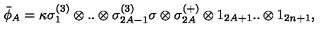
\bar { \phi } _ { A } = \kappa \sigma _ { 1 } ^ { ( 3 ) } \otimes . . \otimes \sigma _ { 2 A - 1 } ^ { ( 3 ) } \sigma \otimes \sigma _ { 2 A } ^ { ( + ) } \otimes 1 _ { 2 A + 1 } . . \otimes 1 _ { 2 n + 1 } ,